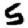
Digit: 5